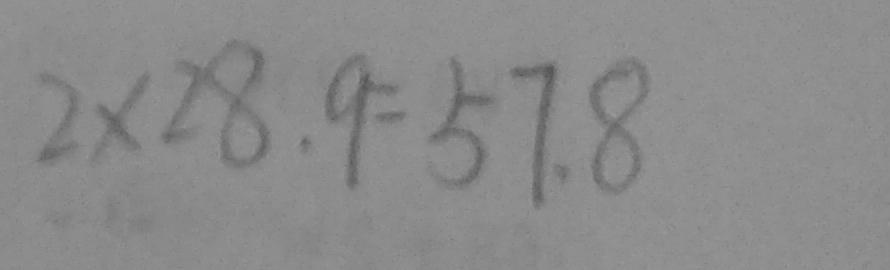
2 \times 2 8 . 9 = 5 7 . 8